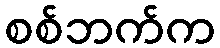
စစ်ဘက်က